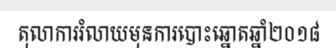
តុលាការរំលាយមុនការបោះឆ្នោតឆ្នាំ២០១៨